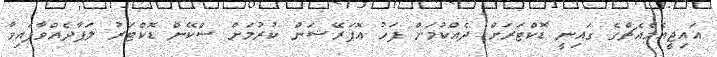
އައިޖީއެމްއެޗްގެ ގައިނީ ޑޮކްޓަރަށް ދެއްކުމަށް ފަހު އޮޕަރޭޝަން ކުރުމަށް ސްކޭން ޑޮކްޓަރު ލަފާދެއްވާފައިވާ